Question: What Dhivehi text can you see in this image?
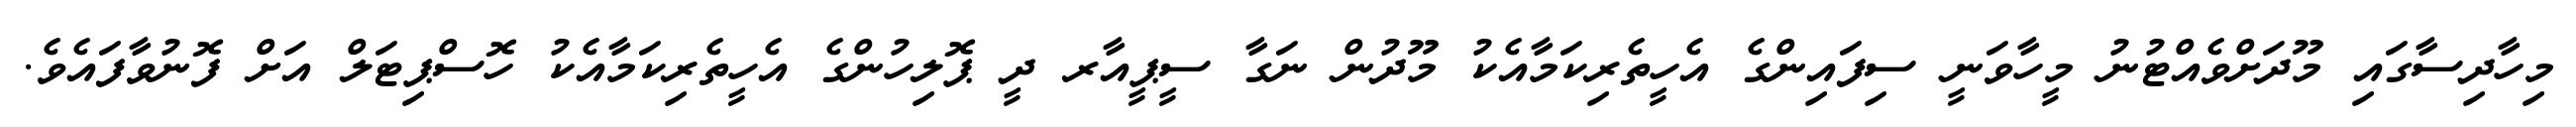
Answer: މިހާދިސާގައި މޫދަށްވެއްޓުނު މީހާވަނީ ސިފައިންގެ އެހީތެރިކަމާއެކު މޫދުން ނަގާ ސީޕީއާރ ދީ ޕޮލިހުންގެ އެހީތެރިކަމާއެކު ހޮސްޕިޓަލް އަށް ފޮނުވާފައެވެ.